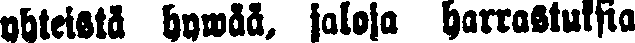
yhteistä hywää, jaloka harrastuksia